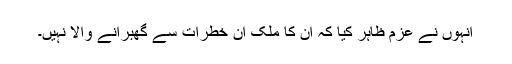
انہوں نے عزم ظاہر کیا کہ ان کا ملک ان خطرات سے گھبرانے والا نہیں۔